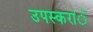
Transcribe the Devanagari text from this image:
उपस्करांें